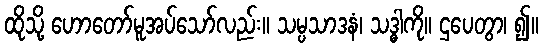
ထိုသို့ ဟောတော်မူအပ်သော်လည်း။ သမ္ပသာဒနံ၊ သဒ္ဓါကို။ ဌပေတွာ၊ ၍။